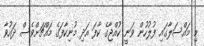
މި މައްސަލާގައި ފުލުހުން ވަނީ ކުއްޖާގެ ކާފަ އަދި މުނިކާފަގެ މައްޗަށްވެސް ދައުވާ